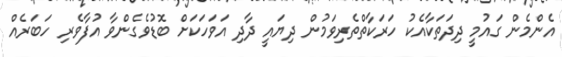
އެންމެން ގައުމީ ދިދަތަކާއެކު ހަރަކާތްތެރިވަމުން ދިޔައީ ދާދި އަވަހަކަށް ބޮޑުވެގެންވާ އުފާވެރި ހަބަރެއް